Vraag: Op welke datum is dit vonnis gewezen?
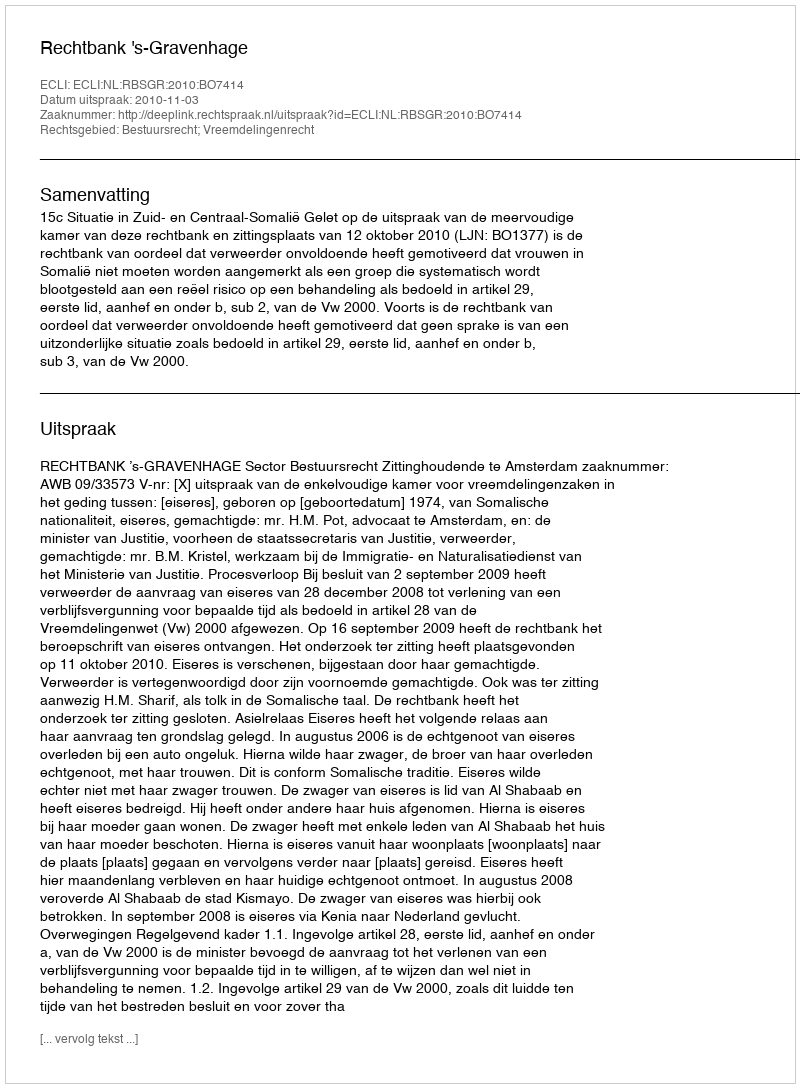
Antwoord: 2010-11-03